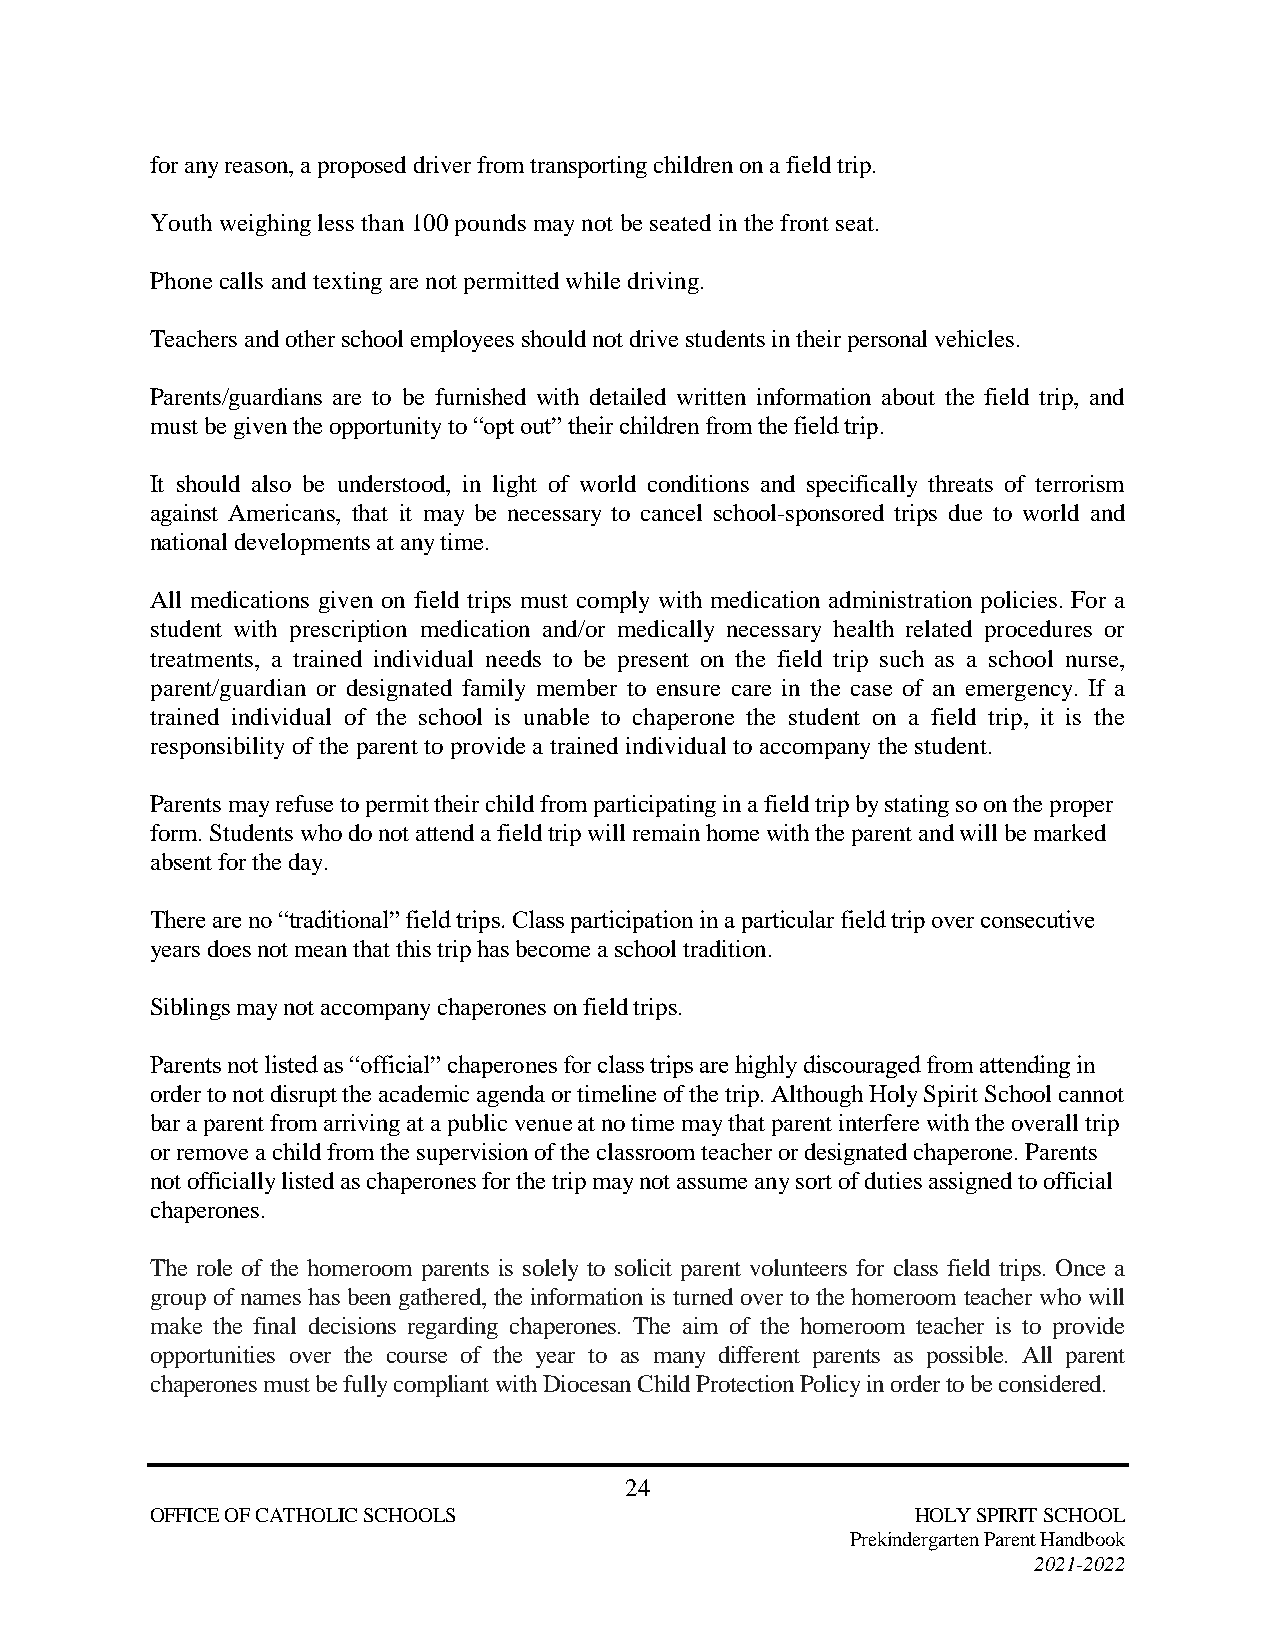
for any reason, a proposed driver from transporting children on a field trip.
 Youth weighing less than 100 pounds may not be seated in the front seat.
 Phone calls and texting are not permitted while driving.
 Teachers and other school employees should not drive students in their personal vehicles.
 Parents/guardians are to be furnished with detailed written information about the field trip, and
 must be given the opportunity to “opt out” their children from the field trip.
 It should also be understood, in light of world conditions and specifically threats of terrorism
 against Americans, that it may be necessary to cancel school-sponsored trips due to world and
 national developments at any time.
 All medications given on field trips must comply with medication administration policies. For a
 student with prescription medication and/or medically necessary health related procedures or
 treatments, a trained individual needs to be present on the field trip such as a school nurse,
 parent/guardian or designated family member to ensure care in the case of an emergency. If a
 trained individual of the school is unable to chaperone the student on a field trip, it is the
 responsibility of the parent to provide a trained individual to accompany the student.
 Parents may refuse to permit their child from participating in a field trip by stating so on the proper
 form. Students who do not attend a field trip will remain home with the parent and will be marked
 absent for the day.
 There are no “traditional” field trips. Class participation in a particular field trip over consecutive
 years does not mean that this trip has become a school tradition.
 Siblings may not accompany chaperones on field trips.
 Parents not listed as “official” chaperones for class trips are highly discouraged from attending in
 order to not disrupt the academic agenda or timeline of the trip. Although Holy Spirit School cannot
 bar a parent from arriving at a public venue at no time may that parent interfere with the overall trip
 or remove a child from the supervision of the classroom teacher or designated chaperone. Parents
 not officially listed as chaperones for the trip may not assume any sort of duties assigned to official
 chaperones.
 The role of the homeroom parents is solely to solicit parent volunteers for class field trips. Once a
 group of names has been gathered, the information is turned over to the homeroom teacher who will
 make the final decisions regarding chaperones. The aim of the homeroom teacher is to provide
 opportunities over the course of the year to as many different parents as possible. All parent
 chaperones must be fully compliant with Diocesan Child Protection Policy in order to be considered.
 24
 OFFICE OF CATHOLIC SCHOOLS                         HOLY SPIRIT SCHOOL
 Prekindergarten Parent Handbook
 2021-2022